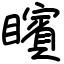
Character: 矉